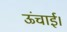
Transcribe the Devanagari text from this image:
ऊंचाई।